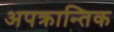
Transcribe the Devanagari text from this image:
अपक्रान्तिक